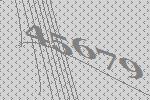
45679